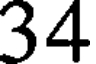
34